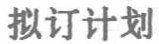
拟订计划